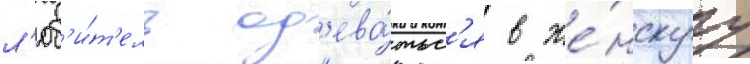
л'юб'и́т'ель од'ева́тьс'я в же́нскуу